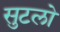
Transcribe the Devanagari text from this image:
सुटलो